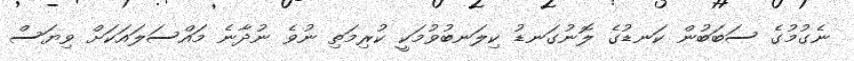
ނެގުމުގެ ސަބަބުން ކަނޑުގެ ލޮނުގަނޑު ކިލަނބުވުމަކީ ކުރިމަތި ނުވެ ނުދާނެ މައްސަލައަކަށް ވިޔަސް